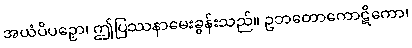
အယံပိပဉှော၊ ဤပြဿနာမေးခွန်းသည်။ ဥဘတောကောဋိကော၊